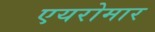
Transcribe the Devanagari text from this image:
एयरोमार